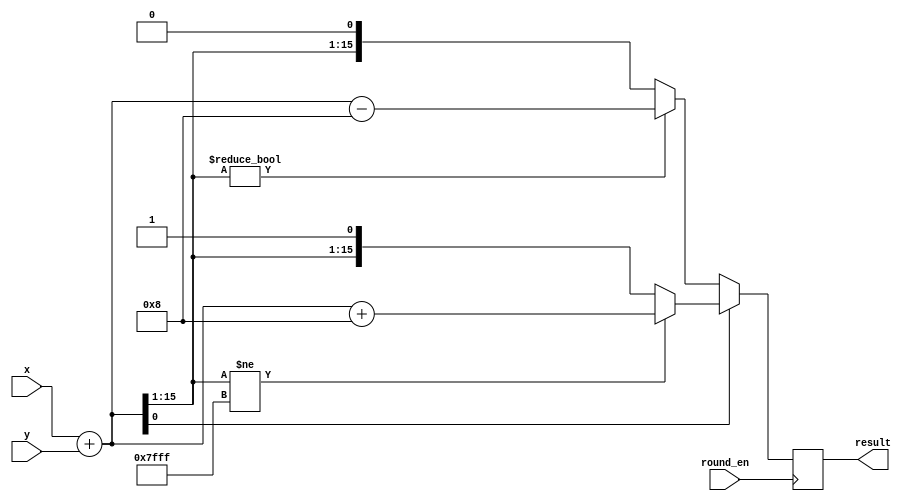
module fixed_point_rounding_unit (
    input wire signed [15:0] x,
    input wire signed [15:0] y,
    input wire round_en,
    output reg [15:0] result
);

reg [15:0] sum;

always @(posedge round_en) begin
    sum = x + y; // perform addition operation
    if (sum[0]) begin
        if (sum[15:1] != 15'b1111_1111_1111_1111)
            result = sum + 16'b0000_0000_0000_1000; // round up if necessary
        else
            result = sum;
    end else begin
        if (sum[15:1] != 15'b0000_0000_0000_0000)
            result = sum - 16'b0000_0000_0000_1000; // round down if necessary
        else
            result = sum;
    end
end

endmodule